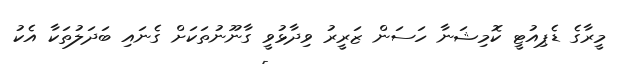
މީރާގެ ޑެޕިއުޓީ ކޮމިޝަނާ ހަސަން ޒަރީރު ވިދާޅުވީ ގާނޫނުތަކަށް ގެނައި ބަދަލުތަކާ އެކު